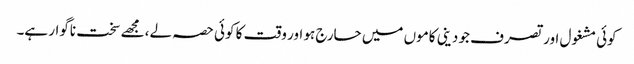
کوئی مشغول اور تصرف جو دینی کاموں میں حارج ہو اور وقت کا کوئی حصہ لے، مجھے سخت ناگوار ہے۔